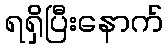
ရရှိပြီးနောက်